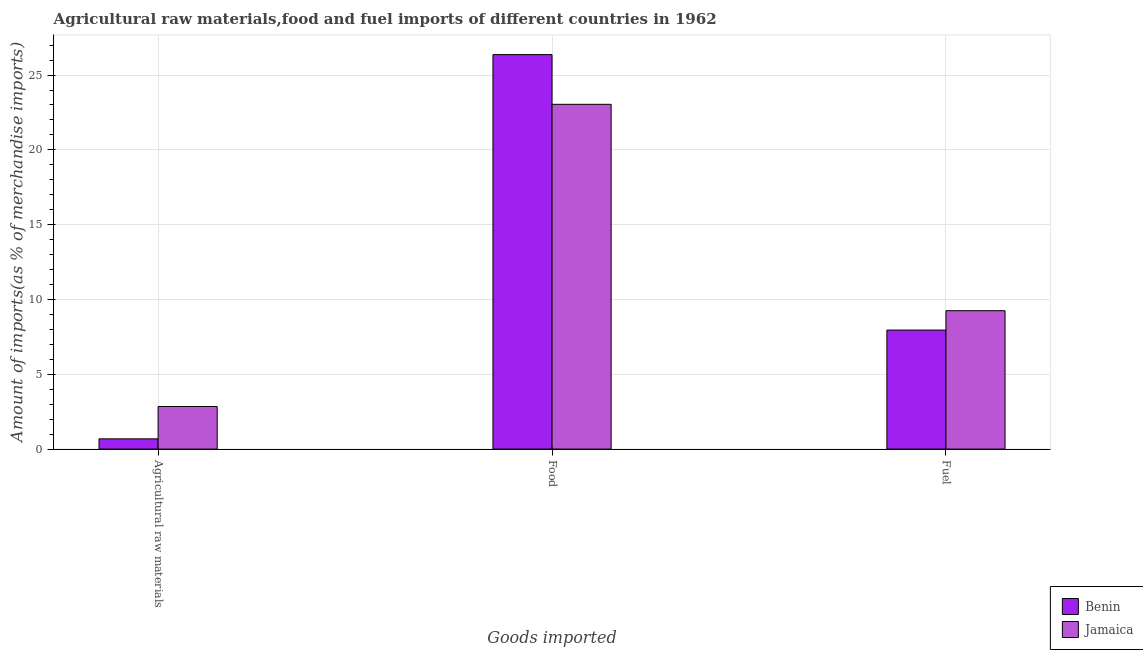
| Goods imported | Benin | Jamaica |
 | --- | --- | --- |
 | Agricultural raw materials | 0.684 | 2.84 |
 | Food | 26.4 | 23 |
 | Fuel | 7.96 | 9.25 |